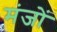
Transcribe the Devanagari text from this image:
मंजों